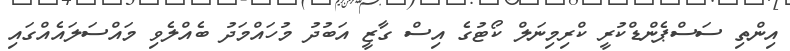
އިންތި ސަސްޕެންޑްކުރީ ކްރިމިނަލް ކޯޓުގެ އިސް ގާޒީ އަބުދު މުހައްމަދު ބެއްލެވި މައްސަލައެއްގައި